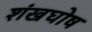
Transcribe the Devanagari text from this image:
शंखघोष